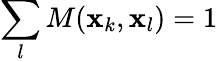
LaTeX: \sum_{l}M(\mathbf{x}_{k},\mathbf{x}_{l})=1